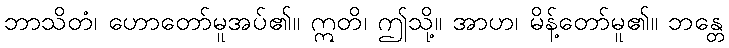
ဘာသိတံ၊ ဟောတော်မူအပ်၏။ ဣတိ၊ ဤသို့။ အာဟ၊ မိန့်တော်မူ၏။ ဘန္တေ